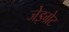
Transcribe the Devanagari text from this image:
जेइग्रेट